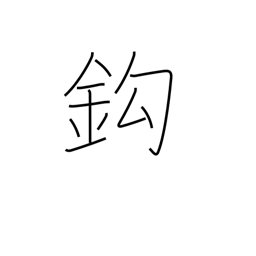
Meaning: hook